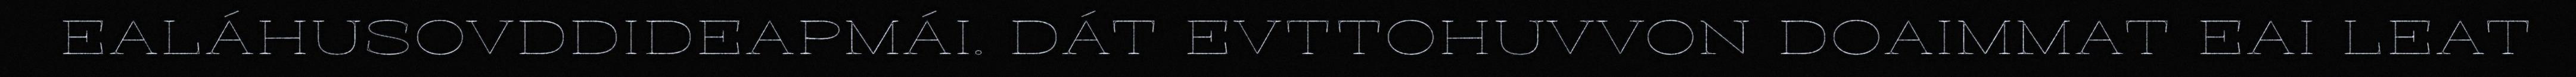
EALÁHUSOVDDIDEAPMÁI. DÁT EVTTOHUVVON DOAIMMAT EAI LEAT